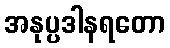
အနုပ္ပဒါနရတော